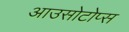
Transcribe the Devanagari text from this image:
आउसोटोप्स